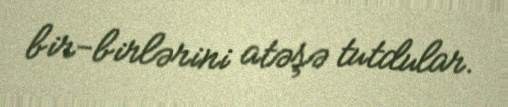
bir-birlərini atəşə tutdular.